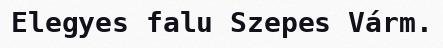
Elegyes falu Szepes Várm.